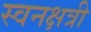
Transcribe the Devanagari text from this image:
स्वनक्षत्री